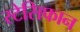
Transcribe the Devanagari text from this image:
स्टेसिफान